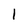
Character: l